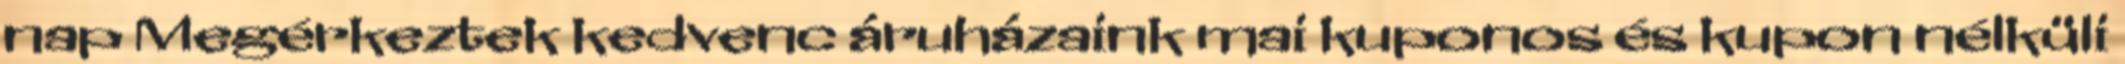
nap Megérkeztek kedvenc áruházaink mai kuponos és kupon nélküli